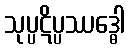
သုပ္ပဋိပ္ပဿဒ္ဓေါ